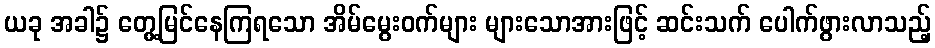
ယခု အခါ၌ တွေ့မြင်နေကြရသော အိမ်မွေးဝက်များ များသောအားဖြင့် ဆင်းသက် ပေါက်ဖွားလာသည့်